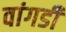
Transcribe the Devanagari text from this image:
वांगडी